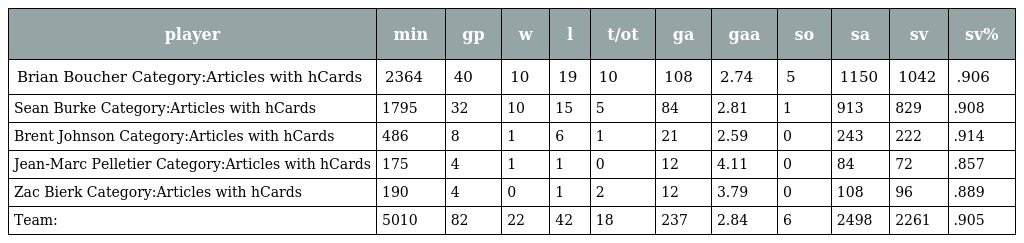
| player | min | gp | w | l | t/ot | ga | gaa | so | sa | sv | sv% |
 | --- | --- | --- | --- | --- | --- | --- | --- | --- | --- | --- | --- |
 | Brian Boucher Category:Articles with hCards | 2364 | 40 | 10 | 19 | 10 | 108 | 2.74 | 5 | 1150 | 1042 | .906 |
 | Sean Burke Category:Articles with hCards | 1795 | 32 | 10 | 15 | 5 | 84 | 2.81 | 1 | 913 | 829 | .908 |
 | Brent Johnson Category:Articles with hCards | 486 | 8 | 1 | 6 | 1 | 21 | 2.59 | 0 | 243 | 222 | .914 |
 | Jean-Marc Pelletier Category:Articles with hCards | 175 | 4 | 1 | 1 | 0 | 12 | 4.11 | 0 | 84 | 72 | .857 |
 | Zac Bierk Category:Articles with hCards | 190 | 4 | 0 | 1 | 2 | 12 | 3.79 | 0 | 108 | 96 | .889 |
 | Team: | 5010 | 82 | 22 | 42 | 18 | 237 | 2.84 | 6 | 2498 | 2261 | .905 |